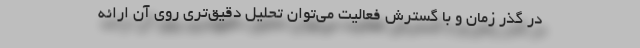
در گذر زمان و با گسترش فعالیت می‌توان تحلیل دقیق‌تری روی آن ارائه